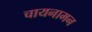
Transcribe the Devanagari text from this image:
चायनामन